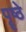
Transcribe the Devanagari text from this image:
पॄष्ठे